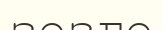
зезге